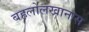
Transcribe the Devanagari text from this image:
बहलोलखानास